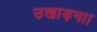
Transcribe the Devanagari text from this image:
उखाड़ना।